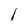
Character: l